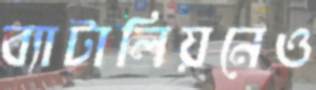
ব্যাটালিয়নেও